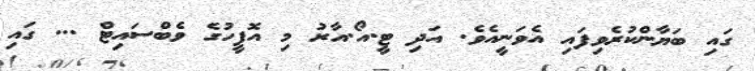
ގައި ބަޔާންކުރެވިފައި އެވަނީއެވެ. އަދި ޓީ.އޯ.އާރު މި އޮފީހުގެ ވެބްސައިޓް ... ގައި